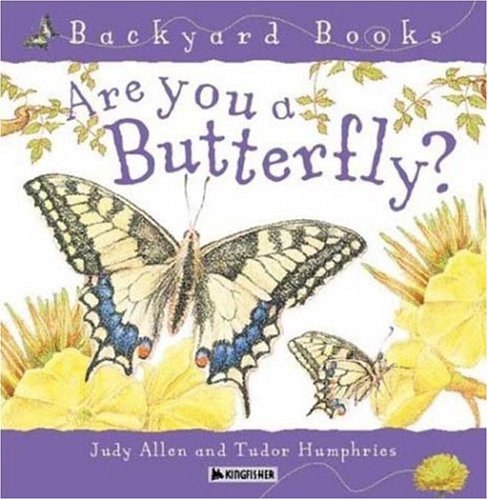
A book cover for Are You a Butterfly? (Backyard Books); Judy Allen; Children's Books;